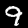
Label: 9